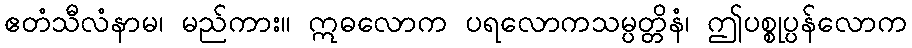
ဧတံသီလံနာမ၊ မည်ကား။ ဣဓလောက ပရလောကသမ္ပတ္တိနံ၊ ဤပစ္စုပ္ပန်လောက